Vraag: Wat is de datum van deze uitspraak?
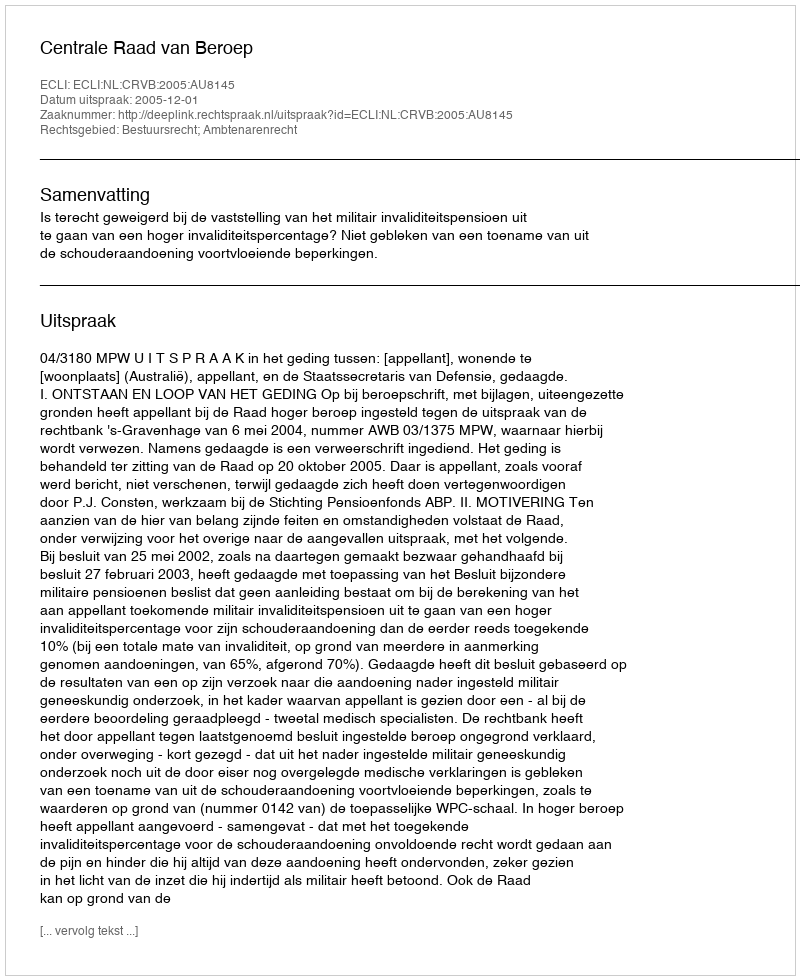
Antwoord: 2005-12-01